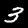
Label: 3